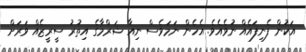
އަކުން ފެނިފައެއް ނުވެއެވެ. އެހެން ނަމަވެސް ނިއާ ޝަރްމާގެ އިތުރު ސީރީޒެއް ވަރަށް